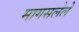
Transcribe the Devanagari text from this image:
मागसलेले